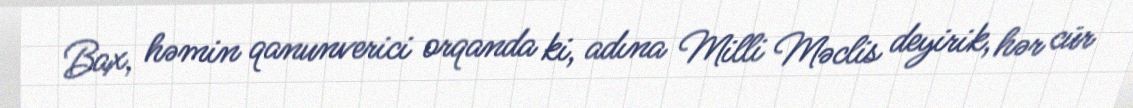
Bax, həmin qanunverici orqanda ki, adına Milli Məclis deyirik, hər cür